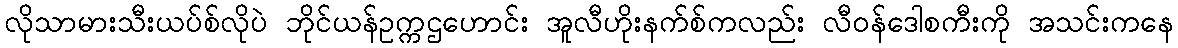
လိုသာမားသီးယပ်စ်လိုပဲ ဘိုင်ယန်ဥက္ကဌဟောင်း အူလီဟိုးနက်စ်ကလည်း လီဝန်ဒေါစကီးကို အသင်းကနေ